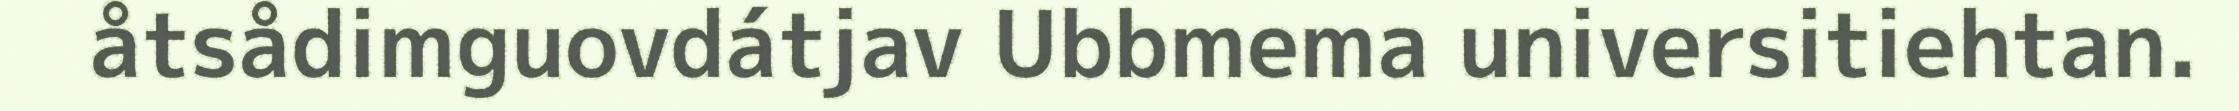
åtsådimguovdátjav Ubbmema universitiehtan.